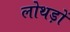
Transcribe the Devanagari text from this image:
लोथड़ों